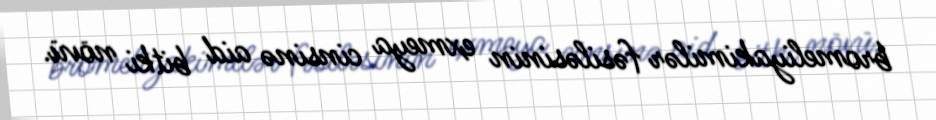
bromeliyakimilər fəsiləsinin exmeya cinsinə aid bitki növü.